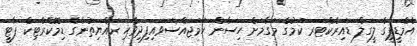
އެމްޑީޕީގެ ލީގަލް ޑައިރެކްޓަރ ކަމުގެ މަގާމަށް ހިސާން ހަމަޖައްސަވައިފިދިވެހި ރައްޔިތުންގެ ޑިމޮކްރެޓިކް ޕާޓީ